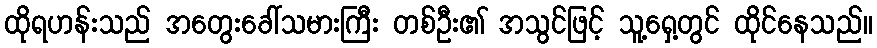
ထိုရဟန်းသည် အတွေးခေါ်သမားကြီး တစ်ဦး၏ အသွင်ဖြင့် သူ့ရှေ့တွင် ထိုင်နေသည်။